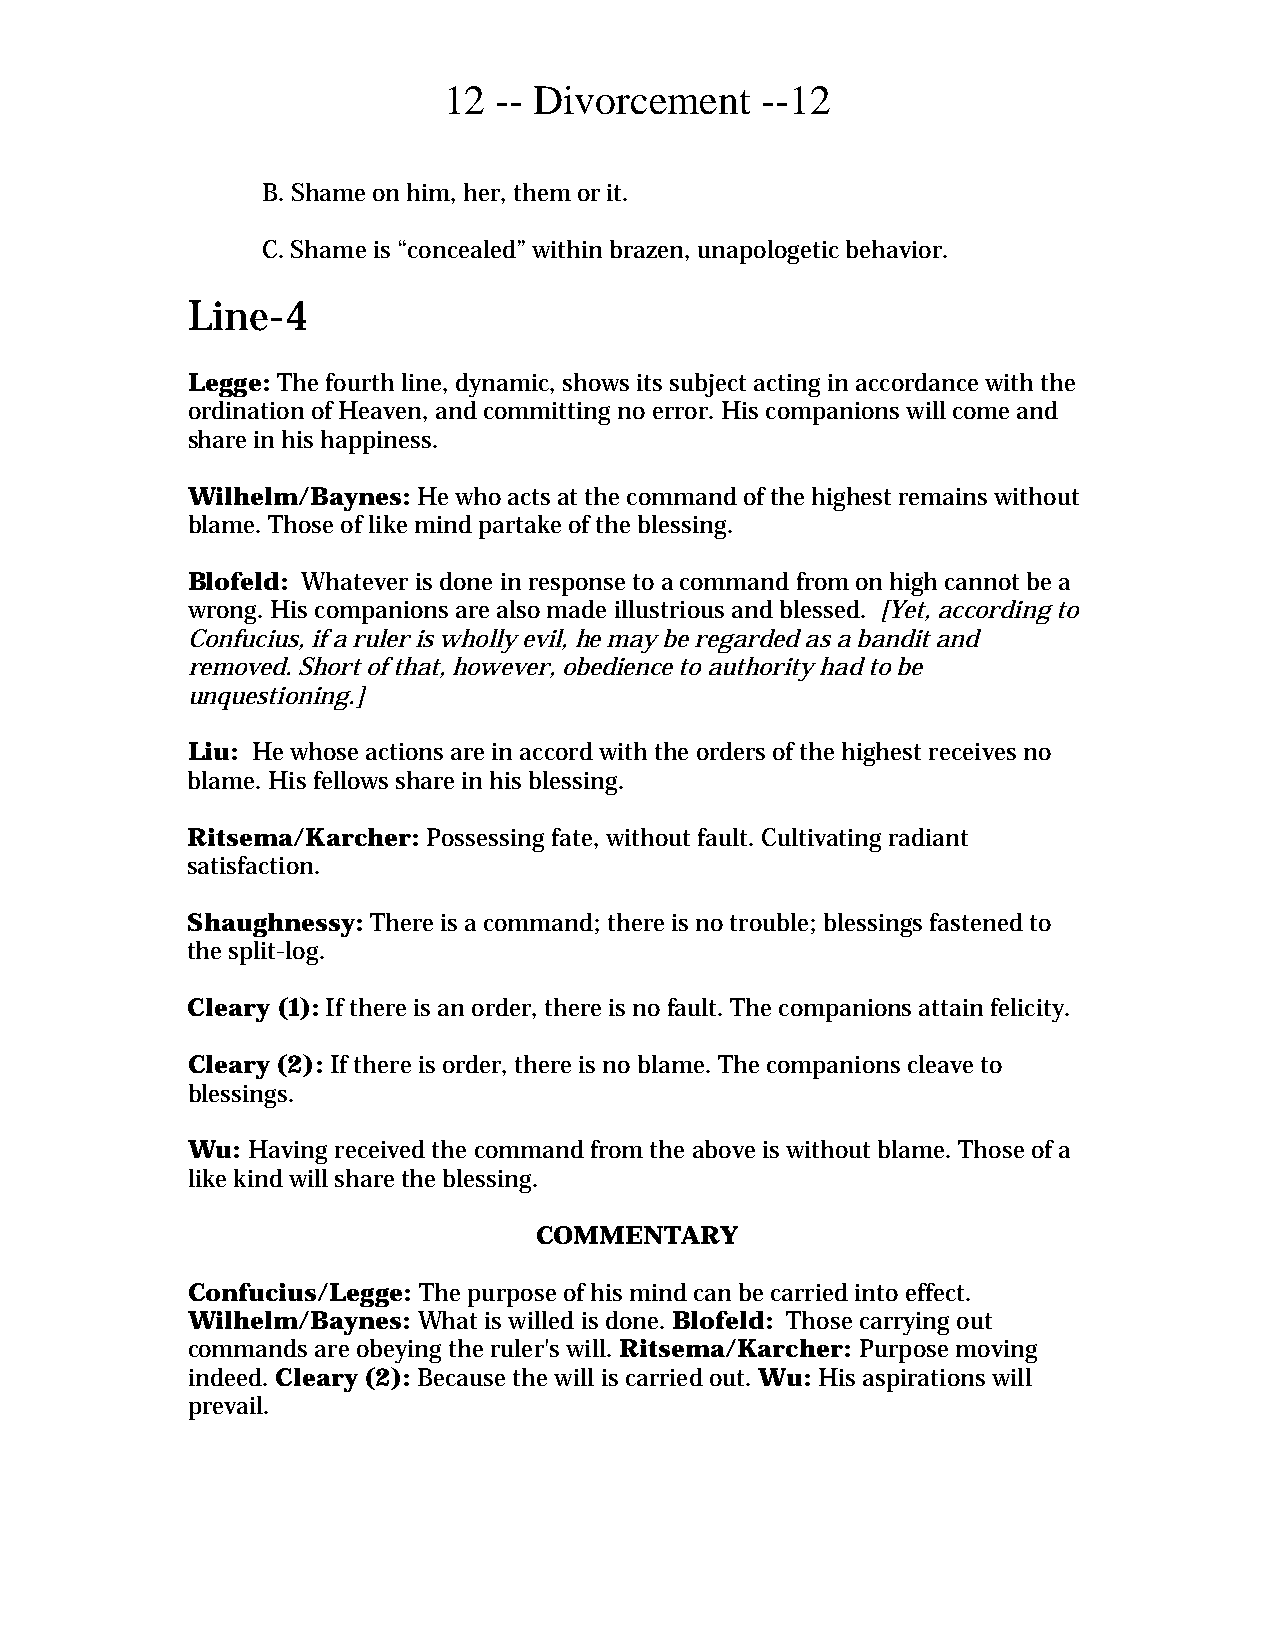
12  -- Divorcement   --12
 B. Shame on him, her, them or it.
 C. Shame is “concealed” within brazen, unapologetic behavior.
 Line-4
 Legge: The fourth line, dynamic, shows its subject acting in accordance with the
 ordination of Heaven, and committing no error. His companions will come and
 share in his happiness.
 Wilhelm/Baynes: He who acts at the command of the highest remains without
 blame. Those of like mind partake of the blessing.
 Blofeld: Whatever is done in response to a command from on high cannot be a
 wrong. His companions are also made illustrious and blessed. [Yet, according to
 Confucius, if a ruler is wholly evil, he may be regarded as a bandit and
 removed. Short of that, however, obedience to authority had to be
 unquestioning.]
 Liu: He whose actions are in accord with the orders of the highest receives no
 blame. His fellows share in his blessing.
 Ritsema/Karcher: Possessing fate, without fault. Cultivating radiant
 satisfaction.
 Shaughnessy: There is a command; there is no trouble; blessings fastened to
 the split-log.
 Cleary (1): If there is an order, there is no fault. The companions attain felicity.
 Cleary (2): If there is order, there is no blame. The companions cleave to
 blessings.
 Wu: Having received the command from the above is without blame. Those of a
 like kind will share the blessing.
 COMMENTARY
 Confucius/Legge: The purpose of his mind can be carried into effect.
 Wilhelm/Baynes: What is willed is done. Blofeld: Those carrying out
 commands are obeying the ruler's will. Ritsema/Karcher: Purpose moving
 indeed. Cleary (2): Because the will is carried out. Wu: His aspirations will
 prevail.